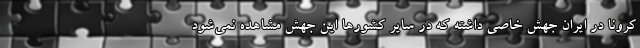
کرونا در ایران جهش خاصی داشته که در سایر کشورها این جهش مشاهده نمی‌شود